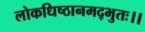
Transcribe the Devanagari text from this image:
लोकधिष्ठानमद्भुतः।।